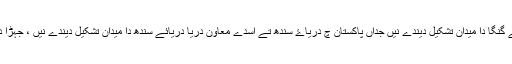
دریائے جمنا ، دریاۓ گنگا نال مل کے دریائے گنگا دا میدان تشکیل دیندے نیں جداں پاکستان چ دریاۓ سندھ تے اسدے معاون دریا دریائے سندھ دا میدان تشکیل دیندے نیں ، جہڑا دنیا دے کجھ وڈے زرعی میداناں چوں اک اے ۔